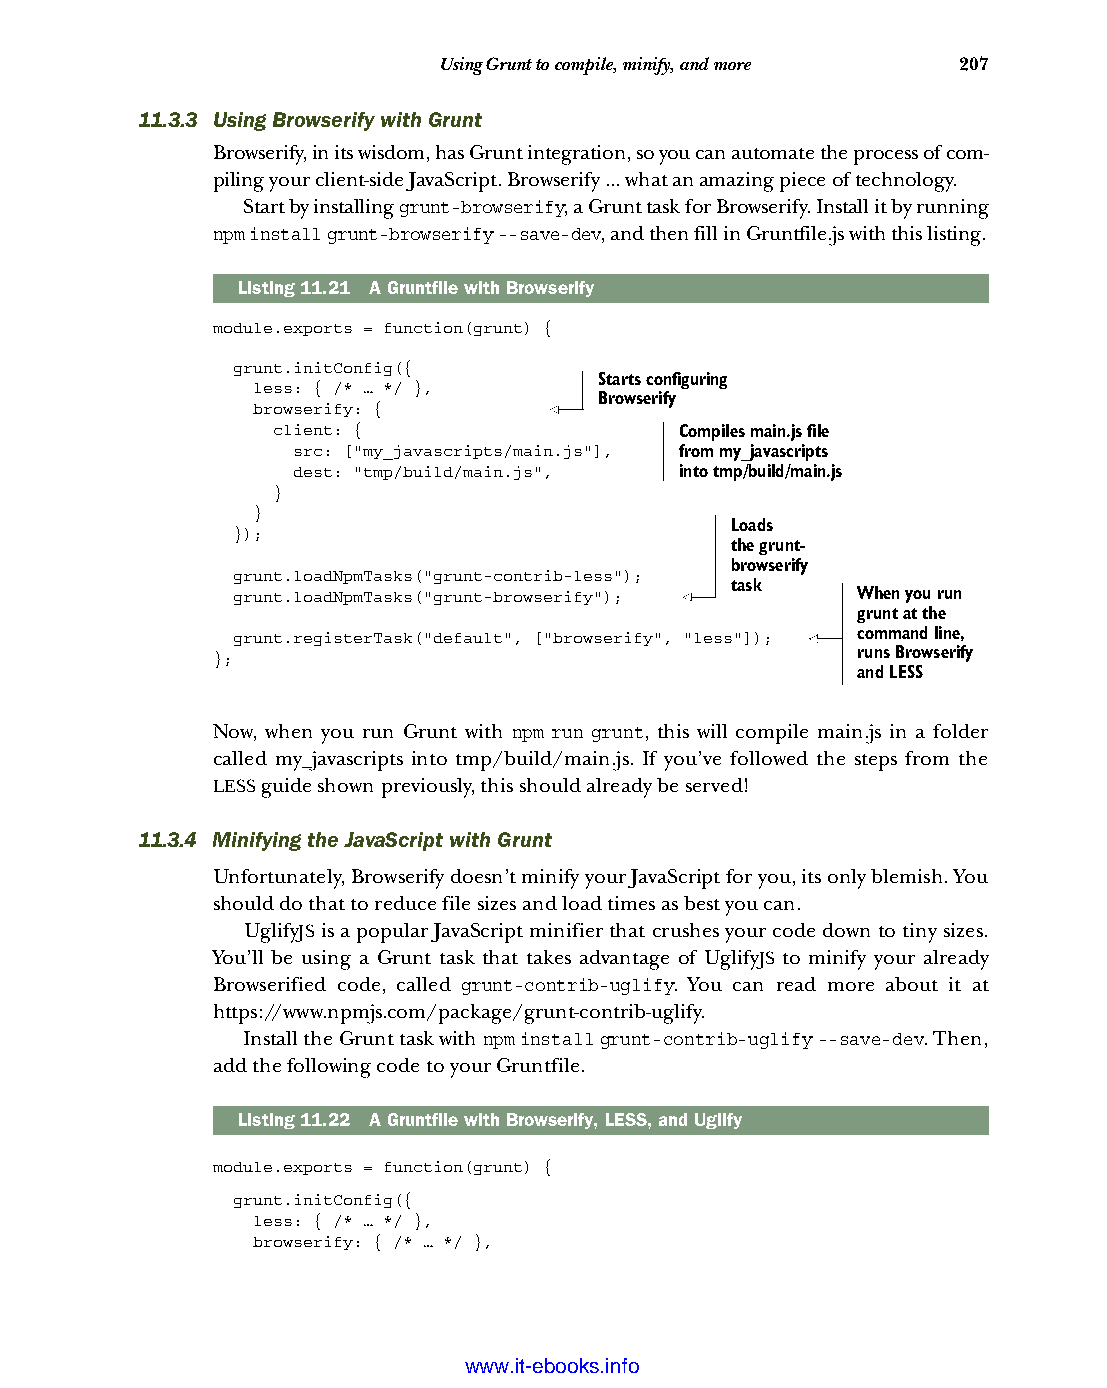
Using Grunt to compile, minify, and more 207
 11.3.3 Using Browserify with Grunt
 Browserify, in its wisdom, has Grunt integration, so you can automate the process of com-
 piling your client-side JavaScript. Browserify ... what an amazing piece of technology.
 Start by installing grunt-browserify, a Grunt task for Browserify. Install it by running
 npm install grunt-browserify --save-dev, and then fill in Gruntfile.js with this listing.
 Listing11.21 A Gruntfile with Browserify
 module.exports = function(grunt) {
 grunt.initConfig({
 Starts configuring
 less: { /* … */ },
 Browserify
 browserify: {
 client: {                  Compiles main.js file
 src: ["my_javascripts/main.js"], from my_javascripts
 dest: "tmp/build/main.js", into tmp/build/main.js
 }
 }
 Loads
 });
 the grunt-
 browserify
 grunt.loadNpmTasks("grunt-contrib-less");
 task
 grunt.loadNpmTasks("grunt-browserify");   When you run
 grunt at the
 grunt.registerTask("default", ["browserify", "less"]); command line,
 };                                         runs Browserify
 and LESS
 Now, when you run Grunt with npm run grunt, this will compile main.js in a folder
 called my_javascripts into tmp/build/main.js. If you’ve followed the steps from the
 LESS guide shown previously, this should already be served!
 11.3.4 Minifying the JavaScript with Grunt
 Unfortunately, Browserify doesn’t minify your JavaScript for you, its only blemish. You
 should do that to reduce file sizes and load times as best you can.
 UglifyJS is a popular JavaScript minifier that crushes your code down to tiny sizes.
 You’ll be using a Grunt task that takes advantage of UglifyJS to minify your already
 Browserified code, called grunt-contrib-uglify. You can read more about it at
 https://www.npmjs.com/package/grunt-contrib-uglify.
 Install the Grunt task with npm install grunt-contrib-uglify --save-dev. Then,
 add the following code to your Gruntfile.
 Listing11.22 A Gruntfile with Browserify, LESS, and Uglify
 module.exports = function(grunt) {
 grunt.initConfig({
 less: { /* … */ },
 browserify: { /* … */ },
 Licensed wtow w <.mit-ielebro.8o8k8s@.ingfomail.com>